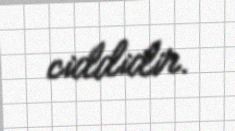
ciddidir.